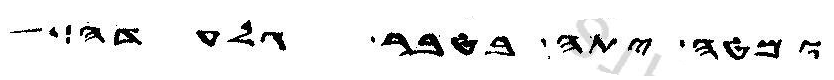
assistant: ומטה יתה בטבר גלעדה